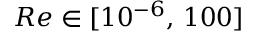
R e \in [ 1 0 ^ { - 6 } , \, 1 0 0 ]